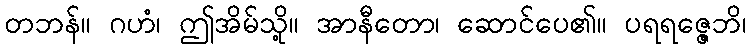
တဘန်။ ဂဟံ၊ ဤအိမ်သို့။ အာနီတော၊ ဆောင်ပေ၏။ ပရရဇ္ဇေဘိ၊